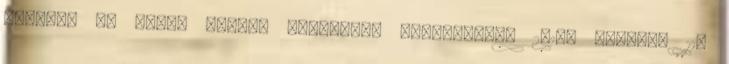
örülök. Ki olvas minket Látogatás statisztika 2016. október 11.